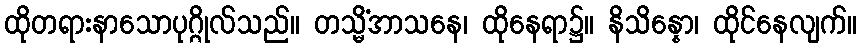
ထိုတရားနာသောပုဂ္ဂိုလ်သည်။ တသ္မိံအာသနေ၊ ထိုနေရာ၌။ နိသိန္နော၊ ထိုင်နေလျက်။